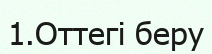
1.Оттегі беру